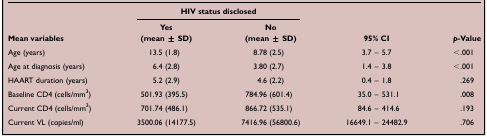
| <ROWSPAN=2> Mean variables | <COLSPAN=2> HIV status disclosed | <ROWSPAN=2> 95% CI | <ROWSPAN=2> p-Value |
 | Yes (mean ± SD) | No (mean ± SD) |
 | --- | --- | --- | --- | --- |
 | Age (years) | 13.5 (1.8) | 8.78 (2.5) | 3.7 – 5.7 | <.001 |
 | Age at diagnosis (years) | 6.4 (2.8) | 3.80 (2.7) | 1.4 – 3.8 | <.001 |
 | HAART duration (years) | 5.2 (2.9) | 4.6 (2.2) | 0.4 – 1.8 | .269 |
 | Baseline CD4 (cells/mm3) | 501.93 (395.5) | 784.96 (601.4) | 35.0 – 531.1 | .008 |
 | Current CD4 (cells/mm3) | 701.74 (486.1) | 866.72 (535.1) | 84.6 – 414.6 | .193 |
 | Current VL (copies/ml) | 3500.06 (14177.5) | 7416.96 (56800.6) | 16649.1 – 24482.9 | .706 |